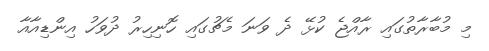
މި މުބާރާތުގައި ރާއްޖެ ކުޅޭ ދެ ވަނަ މެޗުގައި ހޮނިހިރު ދުވަހު އިންޑިއާއާ